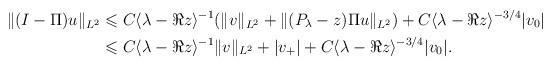
LaTeX: \begin{align*}\|(I-\Pi)u\|_{L^2}\leqslant&\;C\langle\lambda-\Re z\rangle^{-1}(\|v\|_{L^2}+\|(P_\lambda-z)\Pi u\|_{L^2})+C\langle\lambda-\Re z\rangle^{-3/4}|v_0|\\\leqslant&\;C\langle\lambda-\Re z\rangle^{-1}\|v\|_{L^2}+|v_+|+C\langle\lambda-\Re z\rangle^{-3/4}|v_0|.\end{align*}